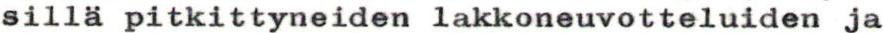
sillä pitkittyneiden lakkoneuvotteluiden ja